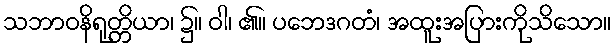
သဘာဝနိရုတ္တိယာ၊ ၌။ ဝါ၊ ၏။ ပဘေဒဂတံ၊ အထူးအပြားကိုသိသော။